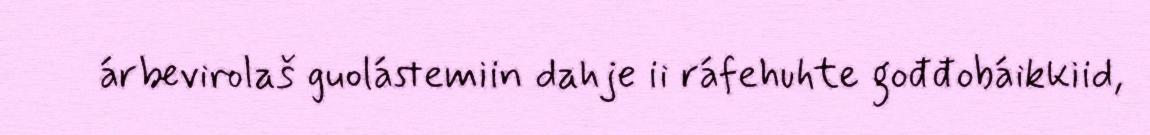
árbevirolaš guolástemiin dahje ii ráfehuhte gođđobáikkiid,